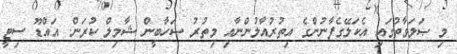
މި ޞަލަވާތުގައި އެކަލޭގެފާނުންގެ އިތުރުއާލުންނާއި މިތުރު ޞަހާބީން ޝާމިލް ކުރަން. އައްޑޫ ސިޓީ